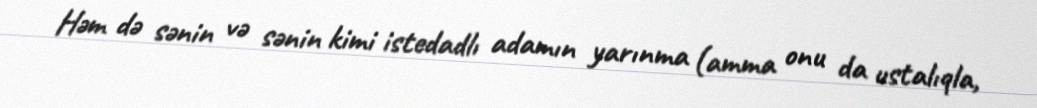
Həm də sənin və sənin kimi istedadlı adamın yarınma (amma onu da ustalıqla,